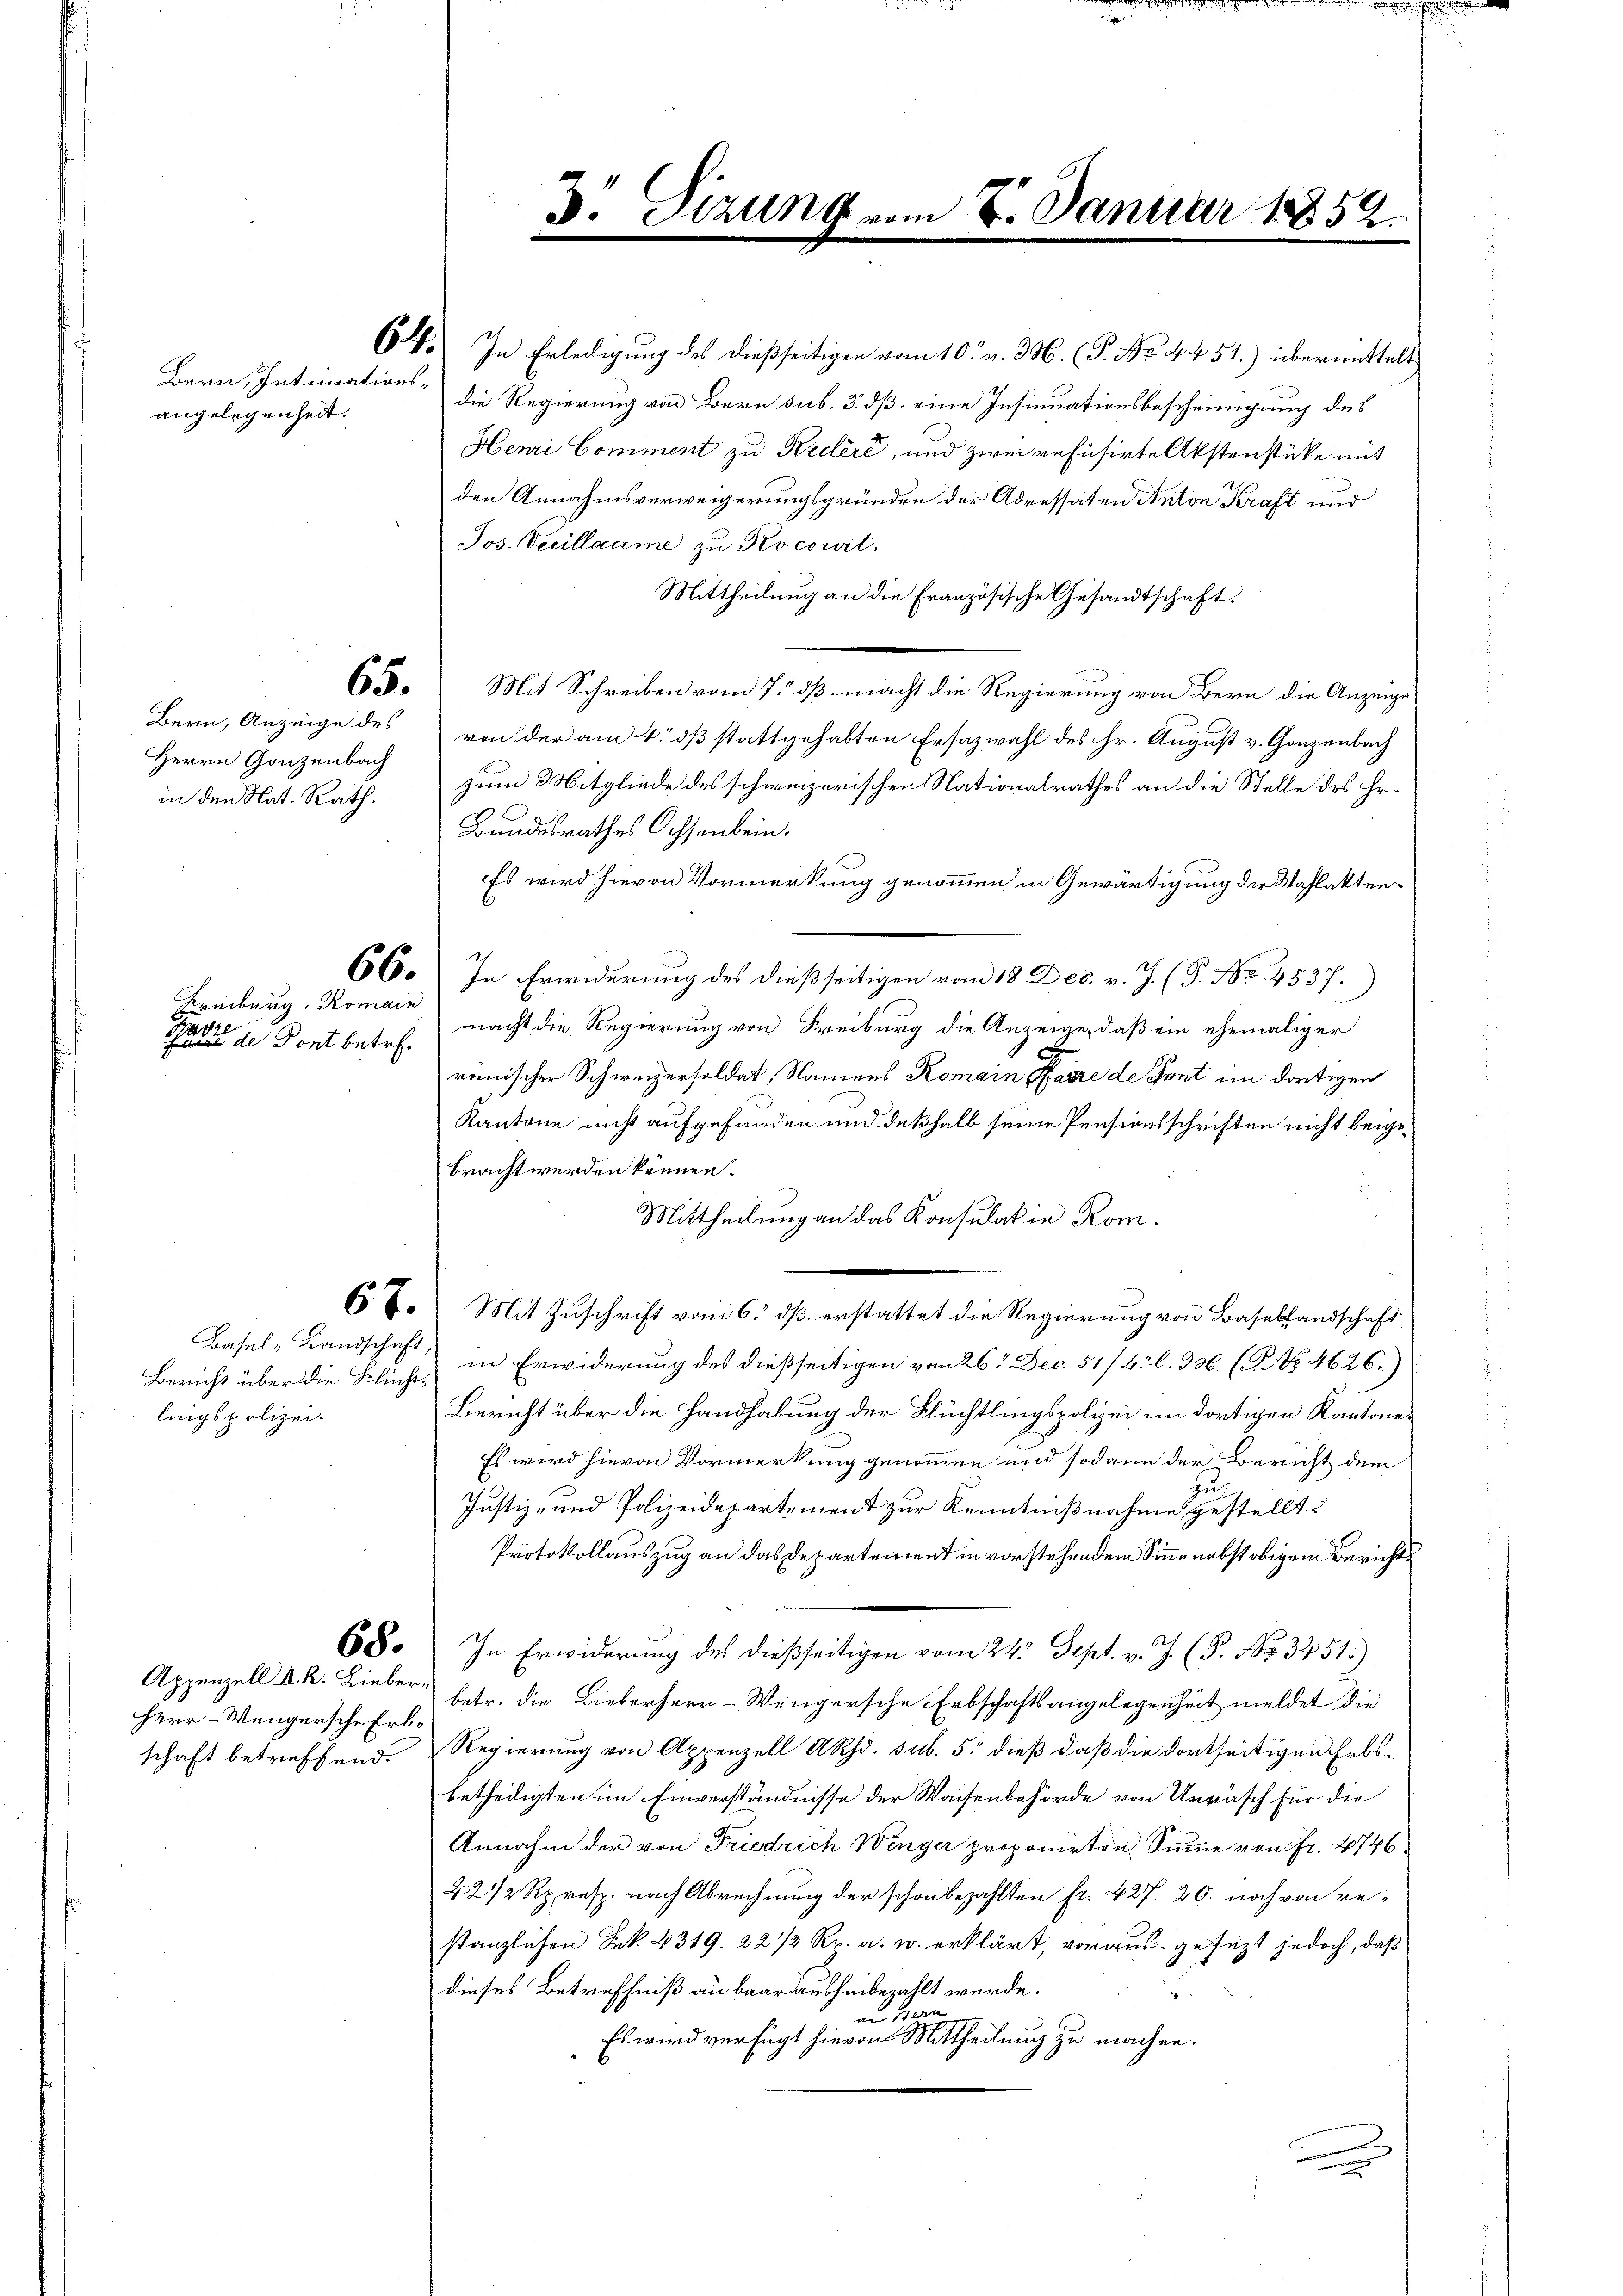
Bern, Intimationsangelegenheit.

Bern, Anzeige des
Herrn Ganzenbach
in den Nat. Rath.

Freiburg, Romain
t
Ganze
finn de Pont betr.

Basel-Landschaft
Bericht über die Flüchtlingspolizei.

68.

Appenzell k. k. Lieber¬
Herr Wengersche Erbschaft betreffend.

64. In Erledigung des dießseitigen vom 10. v. 3. (P. No. 4. 451.) übermittels
die Regierung von Bern sub. 5. dß eine Insinuationsbescheinigung des
Henri Comment zu Kedlere, und zwei refusirte Abstenstücke mit
den Annahmsverweigerungsgründen der Adressaten Anton Kraft und
Jos. Vecillaume zu Rocourt.
Mittheilung an die Französische Gesandtschaft.
65. Mit Schreiben vom 7. dß macht die Regierung von Bern die Anzeige
von der am 4. dß stattgehabten Ersatzwahl des Hr. August v. Ganzenbach
zum Mitgliede des schweizerischen Nationalrathes an die Stelle des Hr.
Bundesrathes Ochsenbein.
Es wird hievon Vormerkung genommen in Gewärtigung der Wahlakten¬
66. In Erwiderung des dießseitigen vom 18 Dec. v. J. (P. Nr. 4537.
macht die Regierung von Freiburg die Anzeige, daß ein ehemaliger
renischer Schweizersoldat, Namens Romain Pfarre de sont im dortigen
Kantone nicht aufgefunden und deßhalb seine Pensionsschriften nicht beigebracht werden können.
Mittheilung an das Konsulatin Rom.
6. 7. Mit Zuschrift vom 6. dß erstattet die Regierung von Basellandschaft
in Erwiderung des dießseitigen vom 26. Dec. 51/6. l. 336. (T. No 4626.)
Bericht über die Handhabung der Flüchtlingspolizei im dortigen Kantone
Es wird hievon Vormerkung genommen und sodann der Bericht dem
zu
Justiz- und Polizeidepartement zur Kenntnißnahme gestellt.
Protokollauszug an das Departement in vorstehendem Sinne nebst obigem Berichts
In Erwiderung des dießseitigen vom 24. Sept. v. J. (P. Nr. 3251)
betr. die Lieberherr-Wengersche Erbschaftsangelegenheit meldet die
Regierung von Appenzell ARhd. sub. 5: dieß daß die dortseitigen Erbsbetheiligten im Einverständnisse der Waisenbehörde von Unrasch für die
Annahm der von Friedrich Winger proponirten Summe von fr. 4746
22/2 Rp. resp. nach Abrechnung der schon bezahlten fr. 427. 20. noch von restanzlichen Frk. 4319. 22 1/2 Rp. a. u. erklärt, voraus gesezt jedoch, daß
dieses Betreffniß an baar aushinbezahlt werde.
an Bern
Es wird verfügt hievon Mittheilung zu machen.

d. Tizung vom

Januar 1885.

a